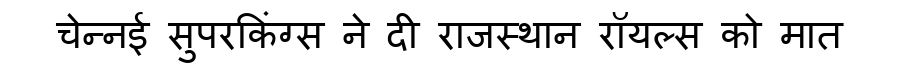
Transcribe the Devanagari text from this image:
चेन्नई सुपरकिंग्स ने दी राजस्थान रॉयल्स को मात